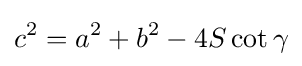
c^{2}=a^{2}+b^{2}-4S\cot \gamma